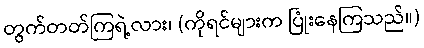
တွက်တတ်ကြရဲ့လား၊ (ကိုရင်များက ပြုံးနေကြသည်။)